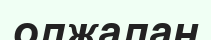
олжалан